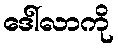
ဒေါ်လာကို